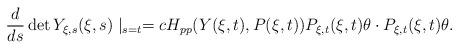
LaTeX: \begin{align*}\frac{d}{d s} \det Y_{\xi,s}(\xi,s)\mid_{s= t }= c H_{pp}(Y(\xi, t),P(\xi, t)) P_{\xi,t}(\xi,t )\theta\cdot P_{\xi,t}(\xi,t )\theta . \end{align*}